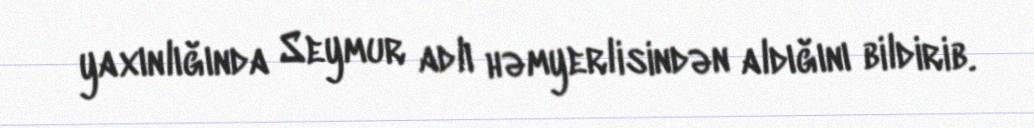
yaxınlığında Seymur adlı həmyerlisindən aldığını bildirib.